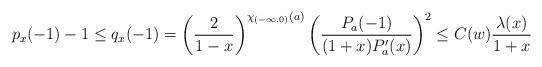
LaTeX: \begin{align*} p_{x}(-1)-1\leq q_{x}(-1)=\left(\frac{2}{1-x}\right)^{\chi_{(-\infty,0)}(a)}\left(\frac{P_a(-1)}{(1+x)P_a'(x)}\right)^2 \leq C(w)\frac{\lambda(x)}{1+x}\end{align*}